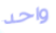
واحد